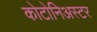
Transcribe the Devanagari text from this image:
कोटोनिअस्टर